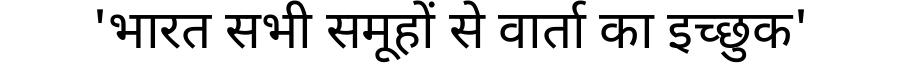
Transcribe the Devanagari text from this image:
'भारत सभी समूहों से वार्ता का इच्छुक'